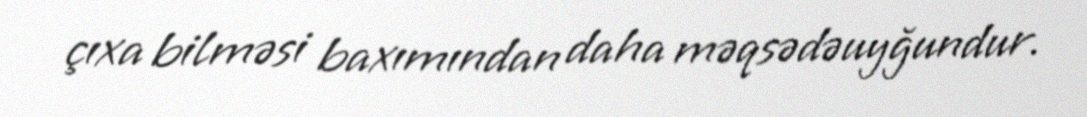
çıxa bilməsi baxımından daha məqsədəuyğundur.